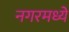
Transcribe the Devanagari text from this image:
नगरमध्ये